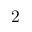
2